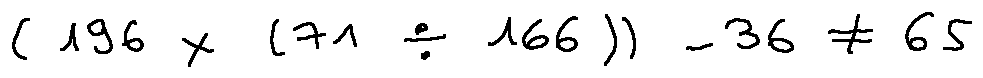
( 1 9 6 \times ( 7 1 \div 1 6 6 ) ) - 3 6 \neq 6 5